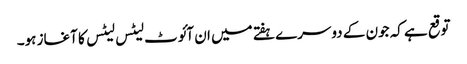
توقع ہے کہ جون کے دوسرے ہفتے میں ان آئوٹ لیٹس لیٹس کا آغاز ہو۔